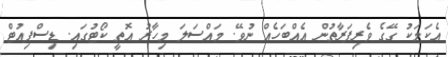
އެކަމަކު ގޭގެ ވެރިފަރާތުން އެއްބަހެއް ނުވޭ. މައްސަލަ މިހާރު އޮތީ ކޯޓުގައި. ޑިސްޕިއުޓް